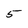
Character: 5